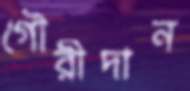
গৌরীদান